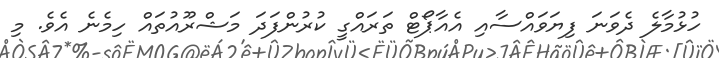
ހުޅުމާލެ ދެވަނަ ފިޔަވައްސާއި އެއާޕޯޓް ތަރައްގީ ކުރުންފަދަ މަޝްރޫއުތައް ހިމެނެ އެވެ. މި